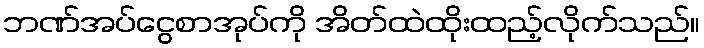
ဘဏ်အပ်ငွေစာအုပ်ကို အိတ်ထဲထိုးထည့်လိုက်သည်။